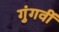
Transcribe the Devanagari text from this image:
गुंगवीं